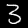
Digit: 3